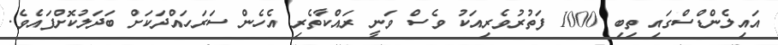
އައިލެންޑްސްގައި ތިބި 1000 ފަތުރުވެރިއަކު ވެސް ވަނީ ރައްކާތެރި އެހެން ސަރަހައްދަކަށް ބަދަލުކޮށްފައެވެ.